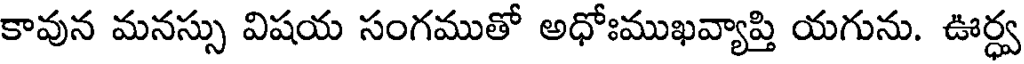
కావున మనస్సు విషయ సంగముతో అధోఃముఖవ్యాప్తి యగును. ఊర్ధ్వ